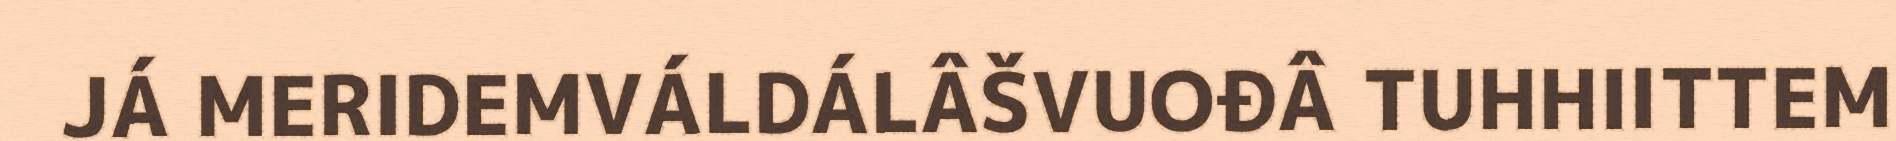
JÁ MERIDEMVÁLDÁLÂŠVUOĐÂ TUHHIITTEM